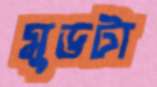
মুডটা